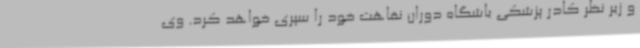
و زیر نظر کادر پزشکی باشگاه دوران نقاهت خود را سپری خواهد کرد. وی